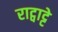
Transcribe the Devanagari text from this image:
राट्वाट्टे